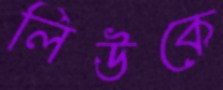
লিউকে